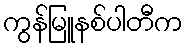
ကွန်မြူနစ်ပါတီက